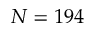
N = 1 9 4